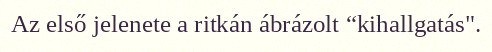
Az első jelenete a ritkán ábrázolt “kihallgatás".